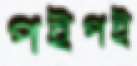
পইপই